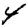
Digit: 4